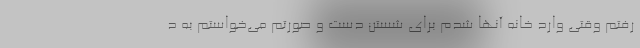
رفتم وقتی وارد خانه آنها شدم برای شستن دست و صورتم می‌خواستم به د